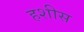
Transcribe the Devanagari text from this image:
हशीस